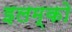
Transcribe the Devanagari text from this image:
इलम्को